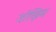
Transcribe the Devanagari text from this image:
जोख्निम